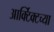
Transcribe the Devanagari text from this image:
आर्क्टिक्टच्या